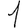
Digit: 1